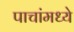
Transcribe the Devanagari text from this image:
पाचांमध्ये